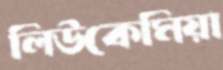
লিউকেমিয়া